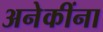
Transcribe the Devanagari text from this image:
अनेकींना